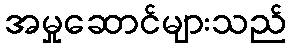
အမှုဆောင်များသည်